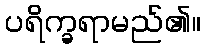
ပရိက္ခရာမည်၏။